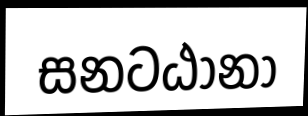
සනටඨානා